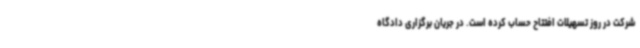
شرکت در روز تسهیلات افتتاح حساب کرده است. در جریان برگزاری دادگاه